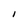
Character: I